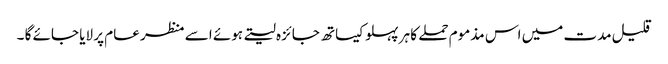
قلیل مدت میں اس مذموم حملے کا ہر پہلو کیساتھ جائزہ لیتے ہوئے اسے منظر عام پر لایا جائے گا ۔